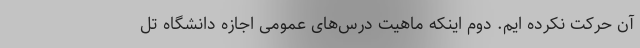
آن حرکت نکرده ایم. دوم اینکه ماهیت درس‌های عمومی اجازه دانشگاه تل